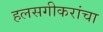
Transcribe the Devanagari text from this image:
हलसगीकरांचा